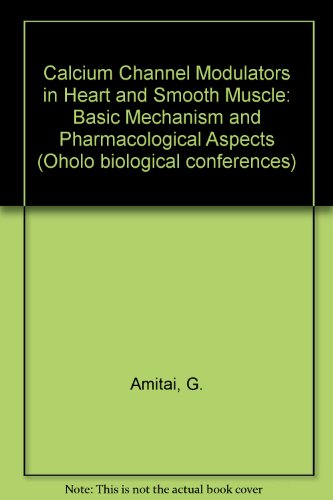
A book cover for Calcium Channel Modulators in Heart and Smooth Muscle: Basic Mechanisms and Pharmacological Aspects (Oholo Conference//Proceedings); G. Amitai; Medical Books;